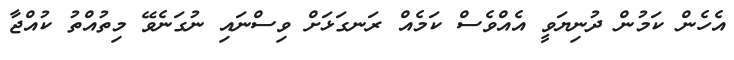
އެހެން ކަމުން ދުނިޔަވީ އެއްވެސް ކަމެއް ރަނގަޅަށް ވިސްނައި ނުގަނެވޭ މިތުއްތު ކުއްޖާ